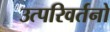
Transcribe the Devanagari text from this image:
उत्परिवर्तनो